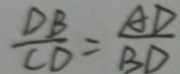
\frac { D B } { C D } = \frac { A D } { B D }